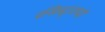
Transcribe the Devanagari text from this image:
रजिस्ट्रारपदी